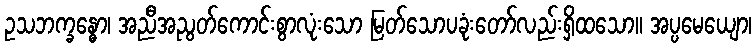
ဥသဘက္ခန္ဓော၊ အညီအညွတ်ကောင်းစွာလုံးသော မြတ်သောပခုံးတော်လည်းရှိထသော။ အပ္ပမေယျော၊